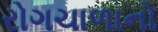
રોગચાળાનો